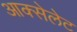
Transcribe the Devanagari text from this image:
आक्सेलेट